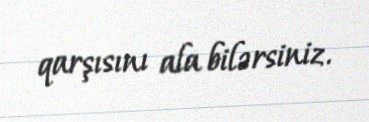
qarşısını ala bilərsiniz.